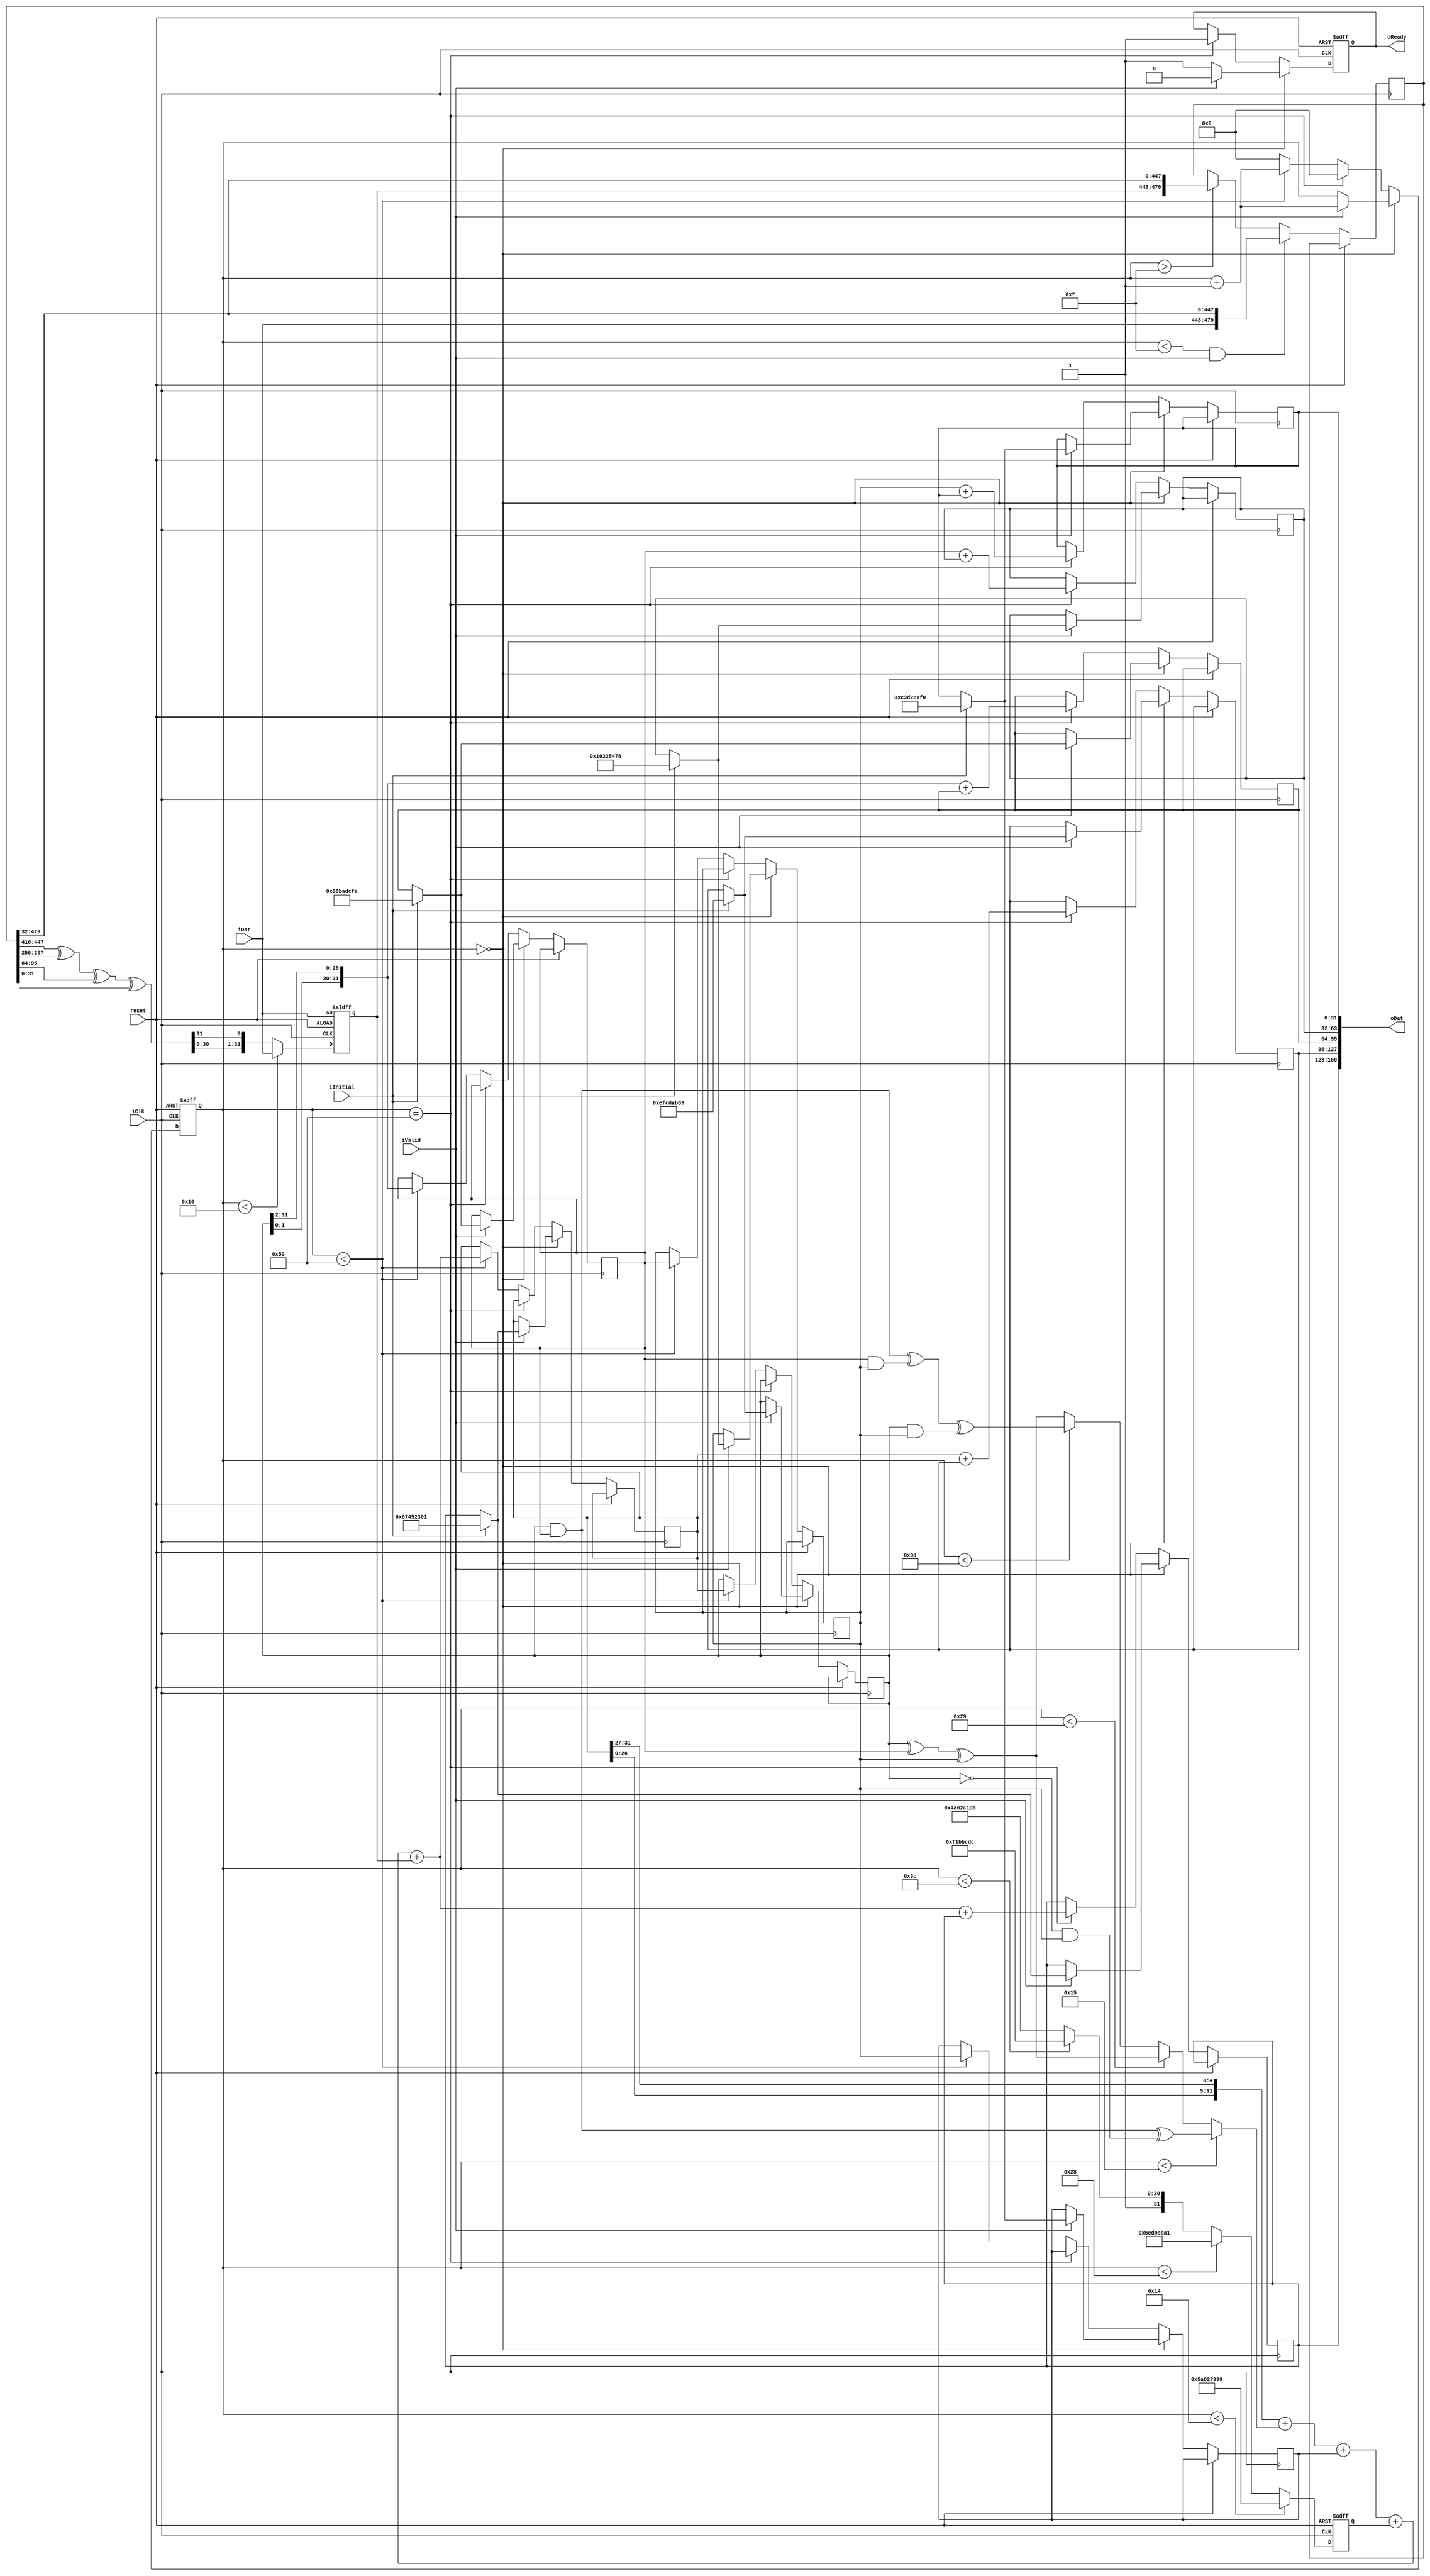
`define H0INIT 32'h67452301
`define H1INIT 32'hefcdab89
`define H2INIT 32'h98badcfe
`define H3INIT 32'h10325476
`define H4INIT 32'hc3d2e1f0

`define K0 32'h5a827999
`define K1 32'h6ed9eba1
`define K2 32'h8f1bbcdc
`define K3 32'hca62c1d6

module sha1 #(parameter WORDNUM  = 16,
              parameter WORDSIZE = 32,
              parameter WSIZE    = 480) (
  oDat, oReady, iDat, iClk, iInitial, iValid, reset);

  output [159:0]       oDat;
  output               oReady;
  reg                  oReady;
  input [WORDSIZE-1:0] iDat;
  input                iClk;
  input                iInitial, iValid;
  input                reset;

  reg [6:0]          loop;
  reg [WORDSIZE-1:0] H0, H1, H2, H3, H4;
  reg [WSIZE-1:0]    W;
  reg [WORDSIZE-1:0] Wt, Kt;
  reg [WORDSIZE-1:0] A, B, C, D, E;

  wire [WORDSIZE-1:0] f1, f2, f3, WtRaw, WtROTL1;
  wire [WORDSIZE-1:0] ft;
  wire [WORDSIZE-1:0] T;
  wire [WORDSIZE-1:0] ROTLB;

  assign f1 = (B & C) ^ (~B & D);
  assign f2 = B ^ C ^ D;
  assign f3 = (B & C) ^ (C & D) ^ (B & D);
  assign ft = (loop < 21) ? f1 : ((loop < 41) ? f2 : ((loop < 61) ? f3 : f2));

  assign WtRaw = {W[(WORDNUM- 2)*WORDSIZE-1:(WORDNUM- 3)*WORDSIZE] ^
                  W[(WORDNUM- 7)*WORDSIZE-1:(WORDNUM- 8)*WORDSIZE] ^
                  W[(WORDNUM-13)*WORDSIZE-1:(WORDNUM-14)*WORDSIZE] ^
                  W[(WORDNUM-15)*WORDSIZE-1:(WORDNUM-16)*WORDSIZE]};

  assign WtROTL1 = {WtRaw[WORDSIZE-2:0], WtRaw[WORDSIZE-1]};

  assign T = {A[WORDSIZE-6:0], A[WORDSIZE-1:WORDSIZE-5]} + ft + E + Kt + Wt;

  assign ROTLB = {B[1:0],B[WORDSIZE-1:2]};
  assign oDat  = {H0, H1, H2, H3, H4};

  always @(posedge iClk, posedge reset) begin
    if (reset) begin
      Kt <= `K0;
    end else begin
      if (loop < 20)        Kt <= `K0;
      else if (loop < 40)   Kt <= `K1;
      else if (loop < 60)   Kt <= `K2;
      else                  Kt <= `K3;
    end
  end

  always @(posedge iClk, posedge reset) begin
    if (reset) begin
      Wt <= iDat;
    end else begin
      if (loop < WORDNUM) Wt <= iDat;
      else                Wt <= WtROTL1;
      if ((loop < WORDNUM-1) & iValid)
        W[WSIZE-1:0] <= {iDat, W[WSIZE-1:WORDSIZE]};
      else if (loop > WORDNUM-1)
        W[WSIZE-1:0] <= {Wt,W[(WORDNUM-1)*WORDSIZE-1:WORDSIZE]};
    end
  end

  always @(posedge iClk, posedge reset) begin
    if (reset) begin
        oReady <= 1;
        loop <= 0;
    end else begin
        if (loop == 0) begin
          if (iValid) begin
            if (iInitial) begin
              A  <= `H0INIT; B  <= `H1INIT; C  <= `H2INIT;
              D  <= `H3INIT; E  <= `H4INIT;
              H0 <= `H0INIT; H1 <= `H1INIT; H2 <= `H2INIT;
              H3 <= `H3INIT; H4 <= `H4INIT;
            end
            else begin
              A <= H0; B <= H1; C <= H2; D <= H3; E <= H4;
            end
            oReady <= 0;
            loop <= loop + 1'b1;
          end
          else
            oReady <= 1;
          end
       else if (loop == 80) begin
          H0 <= T     + H0;
          H1 <= A     + H1;
          H2 <= ROTLB + H2;
          H3 <= C     + H3;
          H4 <= D     + H4;
          oReady <= 1;
          loop <= 0;
       end
       else if (loop < 80) begin
         E <= D;
         D <= C;
         C <= ROTLB;
         B <= A;
         A <= T;
         loop <= loop + 1'b1;
       end
       else
         loop <= 0;
    end
  end
endmodule